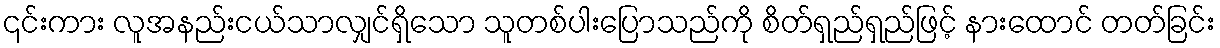
၎င်းကား လူအနည်းငယ်သာလျှင်ရှိသော သူတစ်ပါးပြောသည်ကို စိတ်ရှည်ရှည်ဖြင့် နားထောင် တတ်ခြင်း